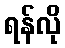
ရန်လို